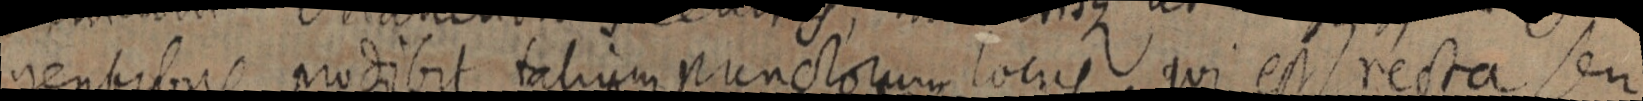
gentibus prodibit talium punctorum locus qui est recta seu